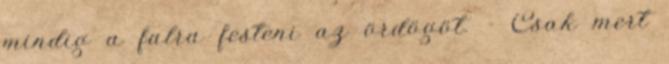
mindig a falra festeni az ördögöt. - Csak mert